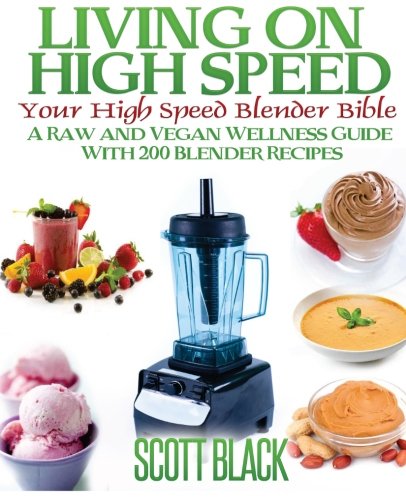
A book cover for Living On High Speed: Your High Speed Blender Bible A Raw And Vegan Wellness Guide With 200 Blender Recipes; Scott Black; Health, Fitness & Dieting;